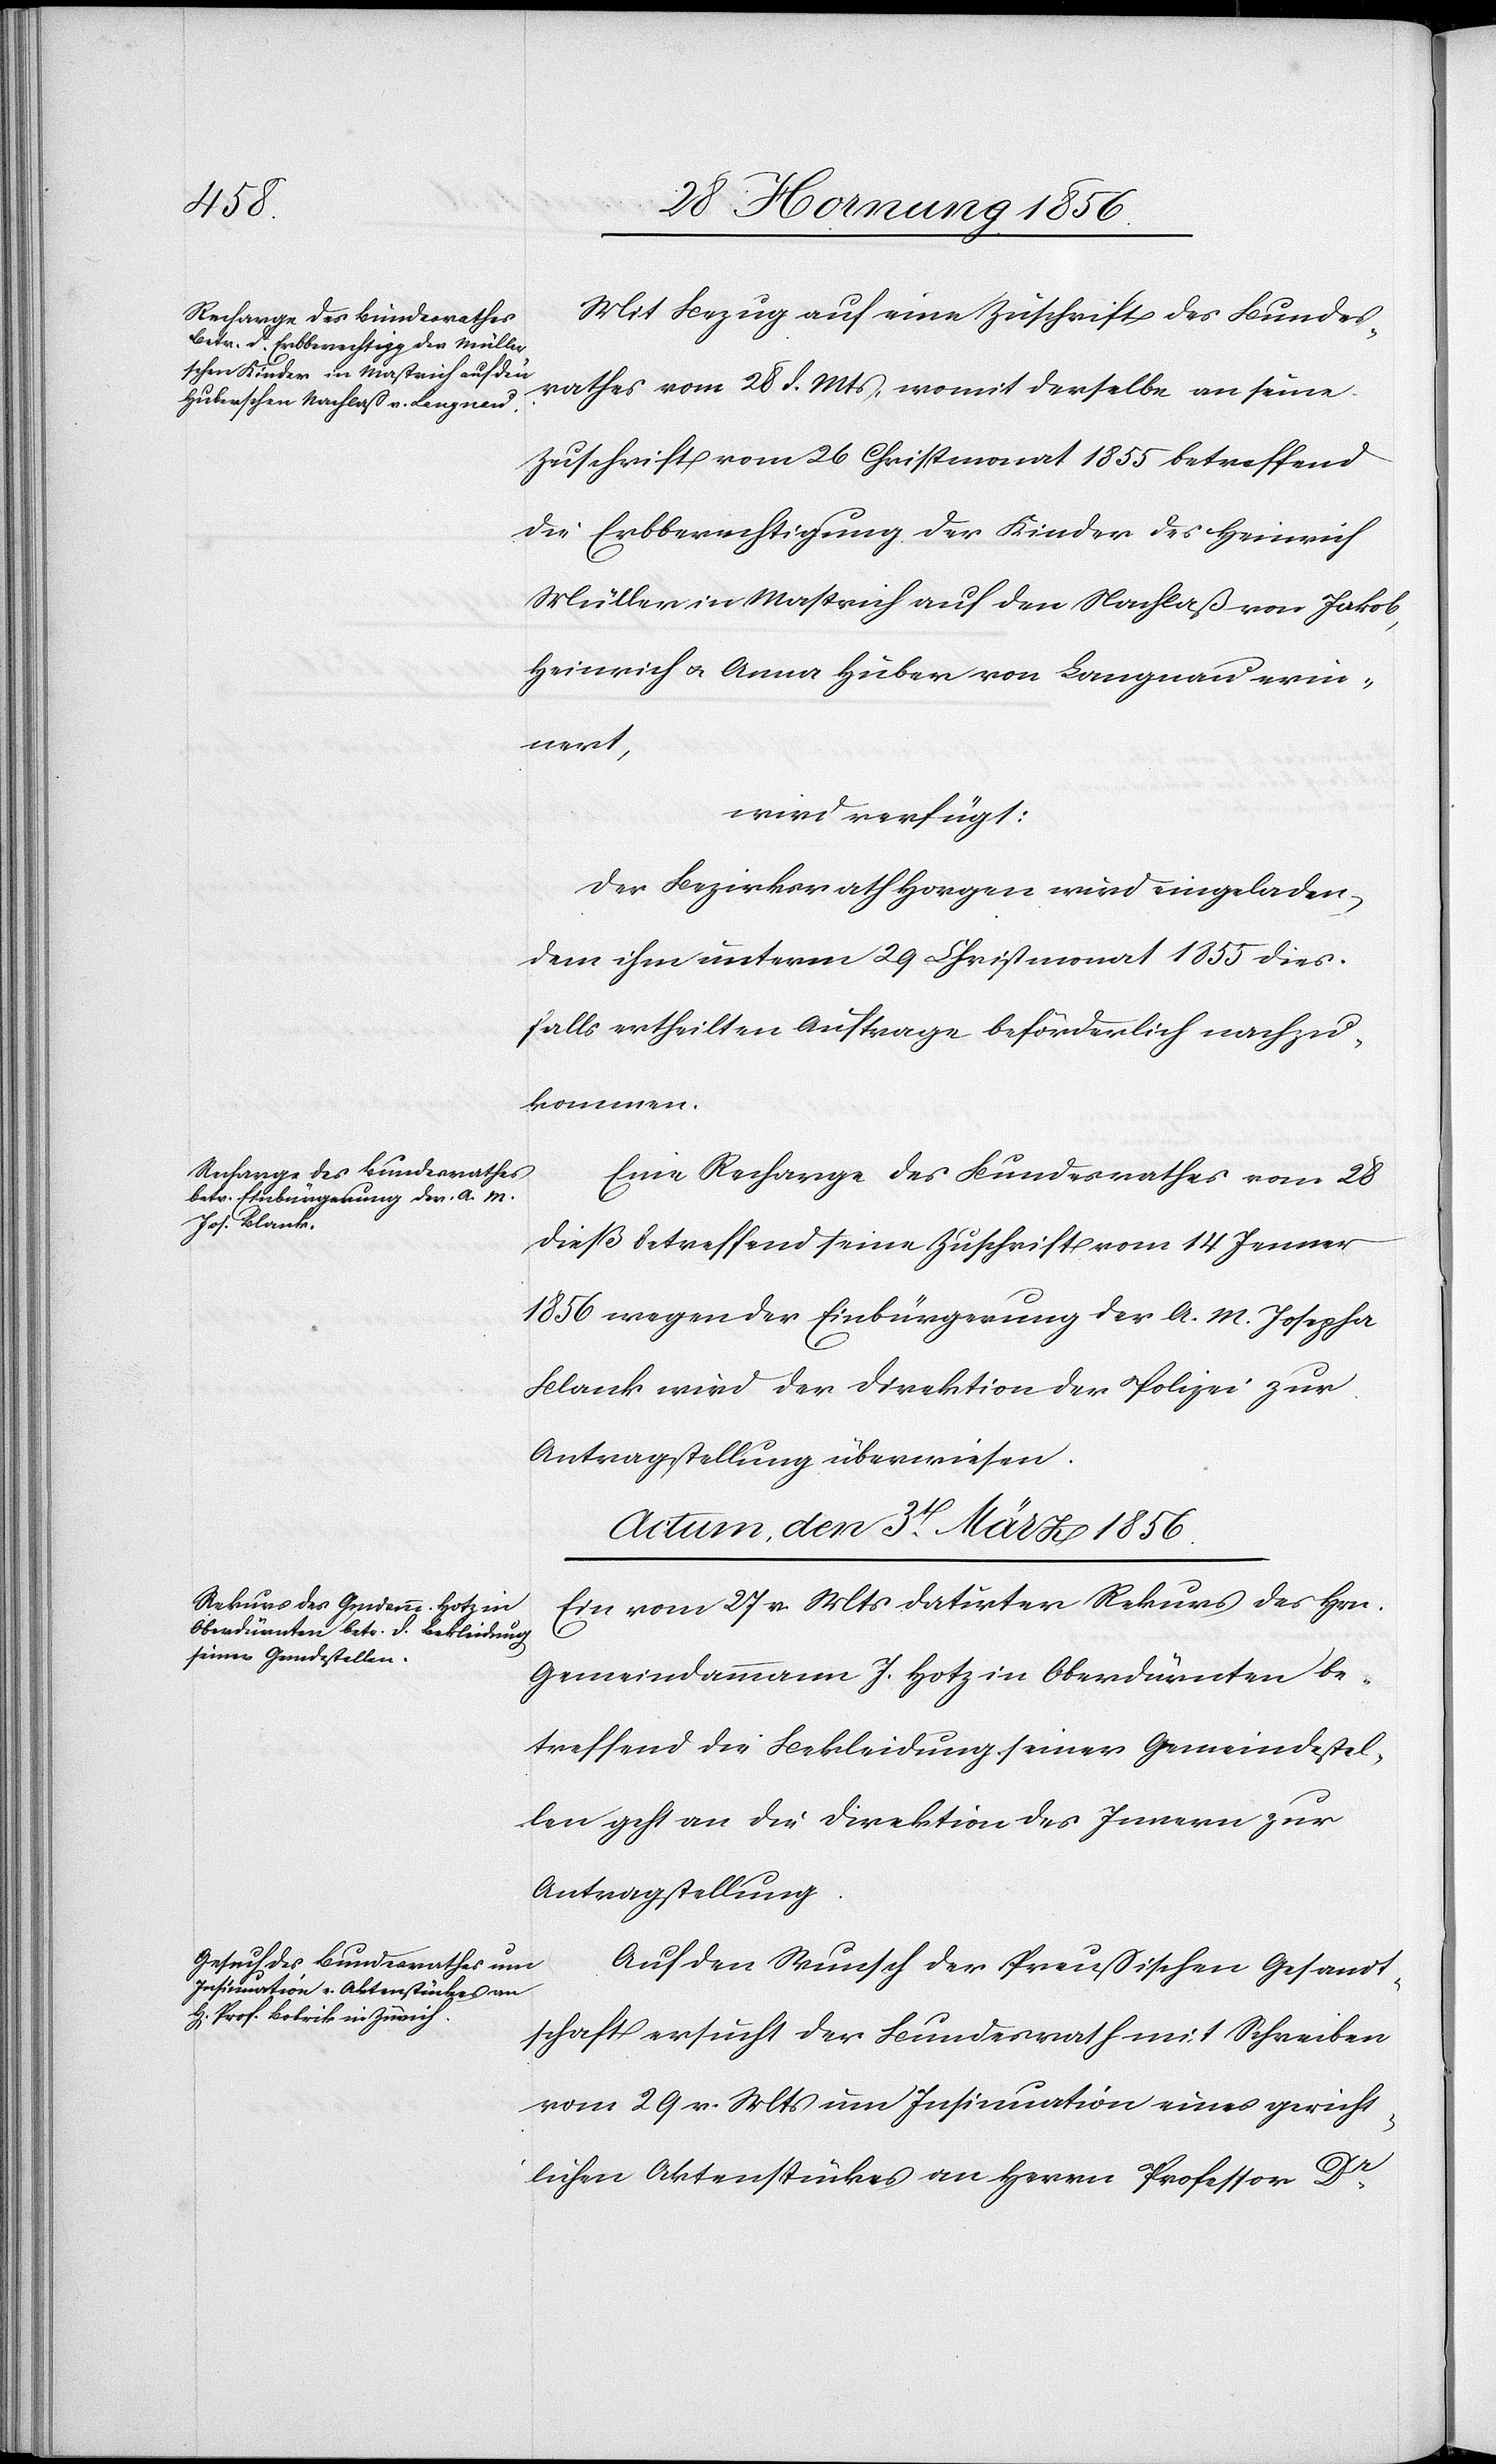
1856.]
Mit Bezug auf eine Zuschrift des Bundes¬
rathes vom 28 d. Mts, womit derselbe an seine
Zuschrift vom 26 Christmonat 1855 betreffend
die Erbberechtigung der Kinder des Heinrich
Müller in Mastrich auf den Nachlaß von Jakob,
Heinrich u. Anna Huber von Langnau erin¬
nert,
wird verfügt:
Der Bezirksrath Horgen wird eingeladen,
dem ihm unterm 29 Christmonat 1855 dies¬
falls ertheilten Auftrage beförderlich nachzu¬
kommen.
Eine Recharge des Bundesrathes vom 28
dieß betreffend seine Zuschrift vom 14 Jenner
1856 wegen der Einbürgerung der A. M. Josepha
Blank wird der Direktion der Polizei zur
Antragstellung überwiesen.
Actum, den 3t März 1856.]
Ein vom 27 v. Mts datirter Rekurs des Hrn.
Gemeindammann J. Hotz in Oberdürnten be¬
treffend die Bekleidung seiner Gemeindestel¬
len geht an die Direktion des Innern zur
Antragstellung.
Auf den Wunsch der Preußischen Gesandt¬
schaft ersucht der Bundesrath mit Schreiben
vom 29 v. Mts um Insinuation eines gericht¬
lichen Aktenstückes an Herrn Professor Dr